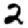
Digit: 2